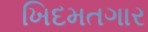
ખિદમતગાર